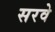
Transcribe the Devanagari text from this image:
सरवे